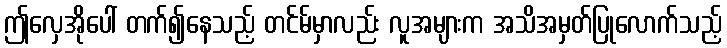
ဤလှေအိုပေါ် တက်၍နေသည့် တင်မ်မှာလည်း လူအများက အသိအမှတ်ပြုလောက်သည့်